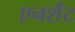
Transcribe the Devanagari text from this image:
एनशॅंट